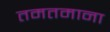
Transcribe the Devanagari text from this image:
तमतमाना